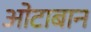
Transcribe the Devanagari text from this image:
ओटाबान